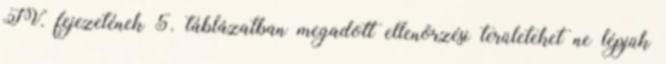
IV. fejezetének 5. táblázatban megadott ellenõrzési területeket ne lépjük